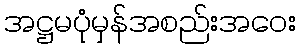
အဋ္ဌမပုံမှန်အစည်းအဝေး